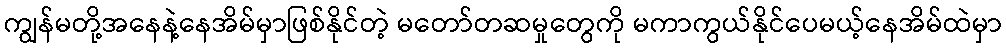
ကျွန်မတို့အနေနဲ့နေအိမ်မှာဖြစ်နိုင်တဲ့ မတော်တဆမှုတွေကို မကာကွယ်နိုင်ပေမယ့်နေအိမ်ထဲမှာ